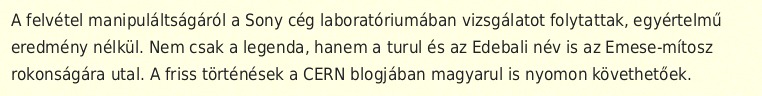
A felvétel manipuláltságáról a Sony cég laboratóriumában vizsgálatot folytattak, egyértelmű eredmény nélkül. Nem csak a legenda, hanem a turul és az Edebali név is az Emese-mítosz rokonságára utal. A friss történések a CERN blogjában magyarul is nyomon követhetőek.